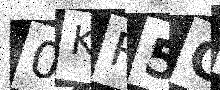
Text: 0KR5CU